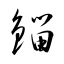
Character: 錙